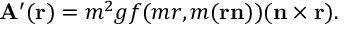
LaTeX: { \bf A } ^ { \prime } ( { \bf r } ) = m ^ { 2 } g f ( m r , m ( { \bf r } { \bf n } ) ) ( { \bf n } \times { \bf r } ) .